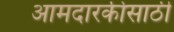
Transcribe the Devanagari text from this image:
आमदारकीसाठी